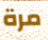
مرة